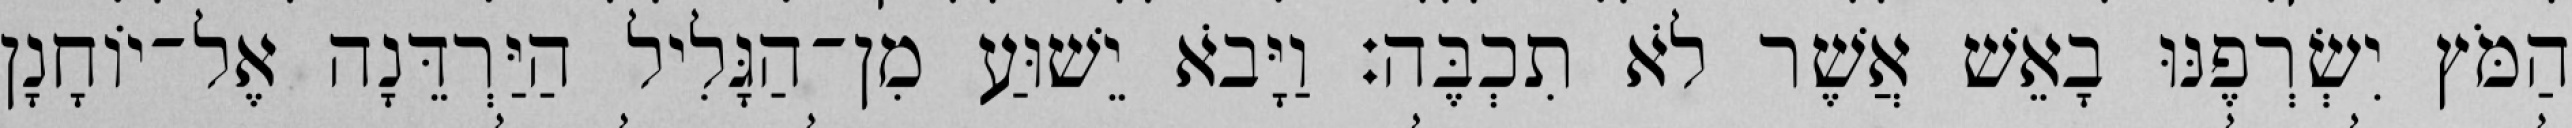
הַמֹּץ יִשְׂרְפֶנּוּ בָאֵשׁ אֲשֶׁר לֹא תִכְבֶּה׃ וַיָּבֹא יֵשׁוּעַ מִן־הַגָּלִיל הַיַּרְדֵּנָה אֶל־יוֹחָנָן